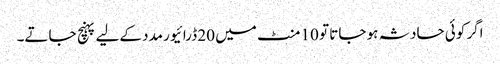
اگر کوئی حادثہ ہو جاتا تو 10 منٹ میں 20 ڈرائیور مدد کےلیے پہنچ جاتے۔